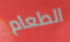
الطعام